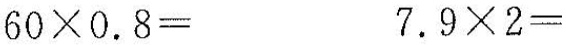
$$60 \times 0.8=$$ $$7.9 \times 2=$$